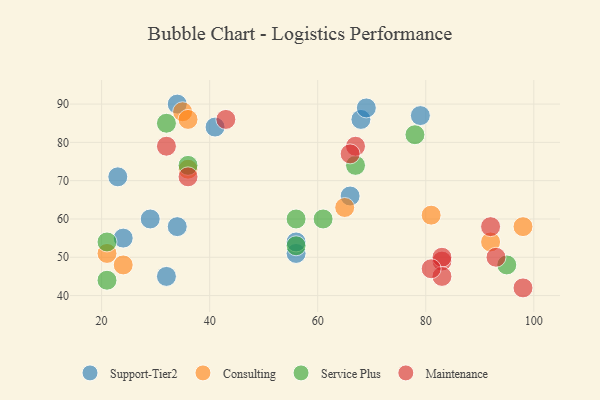
{"axis": {"x": "GDP", "y": "Life Expectancy"}, "legend": ["Consulting", "Maintenance", "Service Plus", "Support-Tier2"], "data": [{"x": "29", "y": 60, "type": "Support-Tier2"}, {"x": "68", "y": 86, "type": "Support-Tier2"}, {"x": "56", "y": 51, "type": "Support-Tier2"}, {"x": "56", "y": 54, "type": "Support-Tier2"}, {"x": "41", "y": 84, "type": "Support-Tier2"}, {"x": "24", "y": 55, "type": "Support-Tier2"}, {"x": "34", "y": 90, "type": "Support-Tier2"}, {"x": "69", "y": 89, "type": "Support-Tier2"}, {"x": "34", "y": 58, "type": "Support-Tier2"}, {"x": "23", "y": 71, "type": "Support-Tier2"}, {"x": "79", "y": 87, "type": "Support-Tier2"}, {"x": "66", "y": 66, "type": "Support-Tier2"}, {"x": "32", "y": 45, "type": "Support-Tier2"}, {"x": "35", "y": 88, "type": "Consulting"}, {"x": "21", "y": 51, "type": "Consulting"}, {"x": "36", "y": 86, "type": "Consulting"}, {"x": "36", "y": 73, "type": "Consulting"}, {"x": "24", "y": 48, "type": "Consulting"}, {"x": "92", "y": 54, "type": "Consulting"}, {"x": "98", "y": 58, "type": "Consulting"}, {"x": "65", "y": 63, "type": "Consulting"}, {"x": "81", "y": 61, "type": "Consulting"}, {"x": "95", "y": 48, "type": "Service Plus"}, {"x": "21", "y": 44, "type": "Service Plus"}, {"x": "67", "y": 74, "type": "Service Plus"}, {"x": "56", "y": 53, "type": "Service Plus"}, {"x": "78", "y": 82, "type": "Service Plus"}, {"x": "56", "y": 60, "type": "Service Plus"}, {"x": "21", "y": 54, "type": "Service Plus"}, {"x": "36", "y": 74, "type": "Service Plus"}, {"x": "32", "y": 85, "type": "Service Plus"}, {"x": "61", "y": 60, "type": "Service Plus"}, {"x": "67", "y": 79, "type": "Maintenance"}, {"x": "83", "y": 49, "type": "Maintenance"}, {"x": "98", "y": 42, "type": "Maintenance"}, {"x": "93", "y": 50, "type": "Maintenance"}, {"x": "83", "y": 50, "type": "Maintenance"}, {"x": "83", "y": 45, "type": "Maintenance"}, {"x": "92", "y": 58, "type": "Maintenance"}, {"x": "43", "y": 86, "type": "Maintenance"}, {"x": "32", "y": 79, "type": "Maintenance"}, {"x": "36", "y": 71, "type": "Maintenance"}, {"x": "81", "y": 47, "type": "Maintenance"}, {"x": "66", "y": 77, "type": "Maintenance"}]}